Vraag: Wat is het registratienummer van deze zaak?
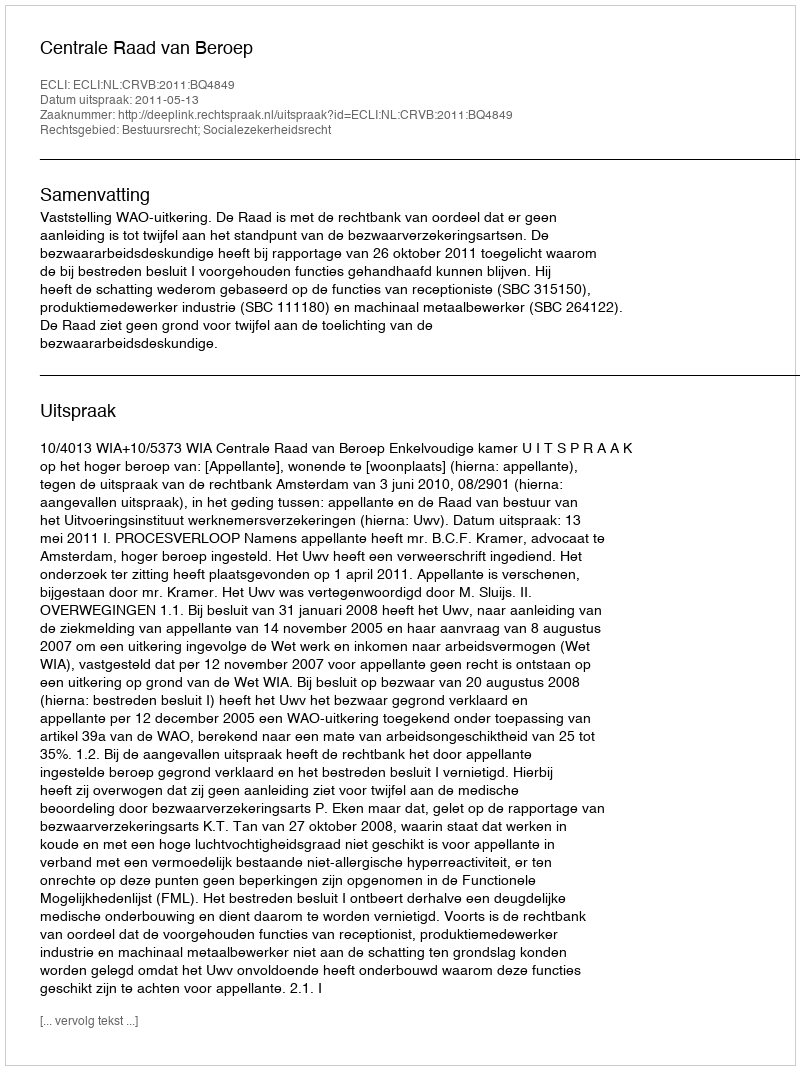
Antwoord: http://deeplink.rechtspraak.nl/uitspraak?id=ECLI:NL:CRVB:2011:BQ4849